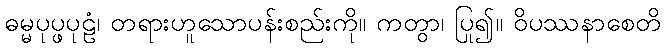
ဓမ္မပုပ္ဖပုဠံ၊ တရားဟူသောပန်းစည်းကို။ ကတွာ၊ ပြု၍။ ဝိပဿနာစေတိ